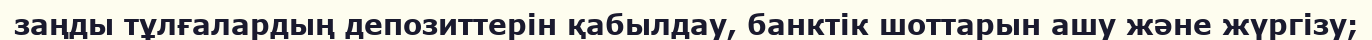
заңды тұлғалардың депозиттерін қабылдау, банктік шоттарын ашу және жүргізу;